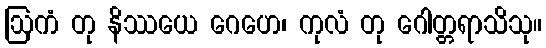
ဩကံ တု နိဿယေ ဂေဟေ၊ ကုလံ တု ဂေါတ္တရာသိသု။